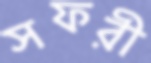
সফরী